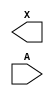
module sky130_fd_sc_ls__bufbuf (
    X,
    A
);

    output X;
    input  A;

    // Voltage supply signals
    supply1 VPWR;
    supply0 VGND;
    supply1 VPB ;
    supply0 VNB ;

endmodule